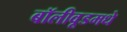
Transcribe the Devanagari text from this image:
बॉलीवूडमधे